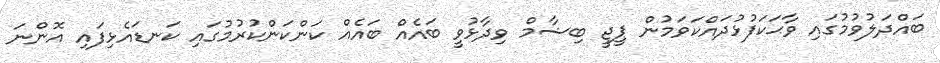
ބައްދަލުވުމުގައި ވާޙަކަފުޅުދައްކަވަމުން ޕީޖީ ބިޝާމް ވިދާޅުވީ ބައެއް ބައެއް ކަންކަންކުރުމުގައި ކަނޑައެޅިފައި އޮންނަ